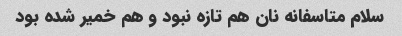
سلام متاسفانه نان هم تازه نبود و هم خمیر شده بود